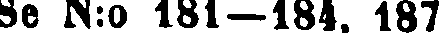
Se N:o 181-184. 187